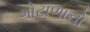
ગોટાળાનો